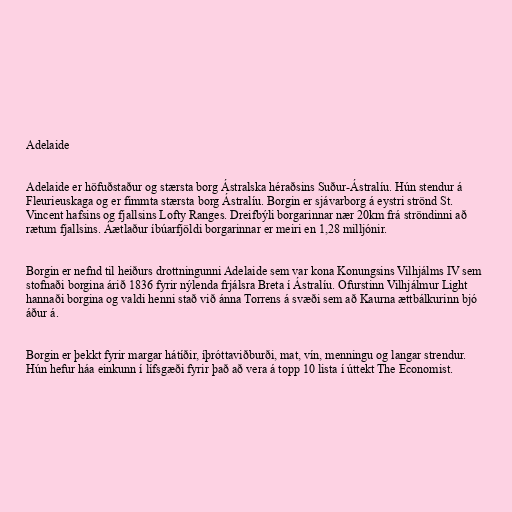
Adelaide

Adelaide er höfuðstaður og stærsta borg Ástralska héraðsins Suður-Ástralíu. Hún stendur á
Fleurieuskaga og er fimmta stærsta borg Ástralíu. Borgin er sjávarborg á eystri strönd St.
Vincent hafsins og fjallsins Lofty Ranges. Dreifbýli borgarinnar nær 20km frá ströndinni að
rætum fjallsins. Áætlaður íbúarfjöldi borgarinnar er meiri en 1,28 milljónir.

Borgin er nefnd til heiðurs drottningunni Adelaide sem var kona Konungsins Vilhjálms IV sem
stofnaði borgina árið 1836 fyrir nýlenda frjálsra Breta í Ástralíu. Ofurstinn Vilhjálmur Light
hannaði borgina og valdi henni stað við ánna Torrens á svæði sem að Kaurna ættbálkurinn bjó
áður á.

Borgin er þekkt fyrir margar hátíðir, íþróttaviðburði, mat, vín, menningu og langar strendur.
Hún hefur háa einkunn í lífsgæði fyrir það að vera á topp 10 lista í úttekt The Economist.